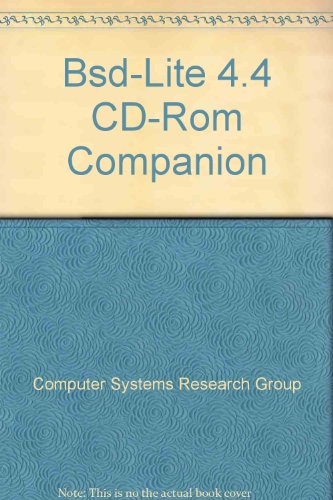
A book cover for BSD-Lite 4.4 CD-ROM Companion; Computer Systems Research Group; Computers & Technology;